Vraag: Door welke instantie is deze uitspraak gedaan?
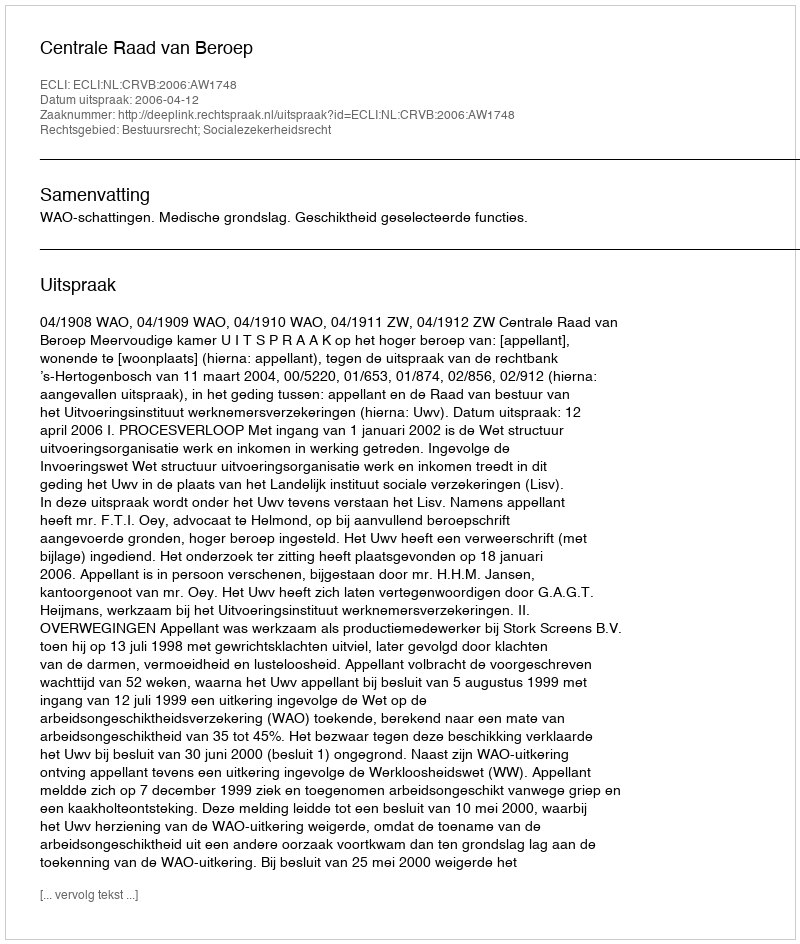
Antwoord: Centrale Raad van Beroep